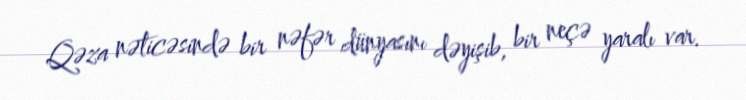
Qəza nəticəsində bir nəfər dünyasını dəyişib, bir neçə yaralı var.